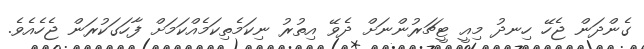
ގެންދަން ޖެހޭ ހިނދު މިއީ ޓީޗަރުންނަށް ދެވޭ އިތުރު ނިކަމެތިކަމެއްކަމަށް ފާހަގަކުރަން ޖެހެއެވެ.